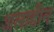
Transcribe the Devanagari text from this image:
अलाद्दीन